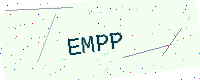
Text: EMPP